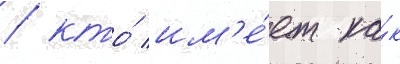
/ кто́ им'е́ет ка́к